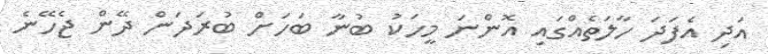
އަދި އެފަދަ ހާލަތެއްގައި އޮންނަ މީހަކު ބުނާ ބަހަށް ބުރަދަން ދޭން ޖެހޭނެ